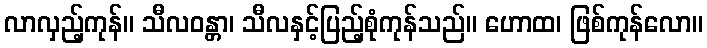
လာလှည့်ကုန်။ သီလဝန္တာ၊ သီလနှင့်ပြည့်စုံကုန်သည်။ ဟောထ၊ ဖြစ်ကုန်လော။